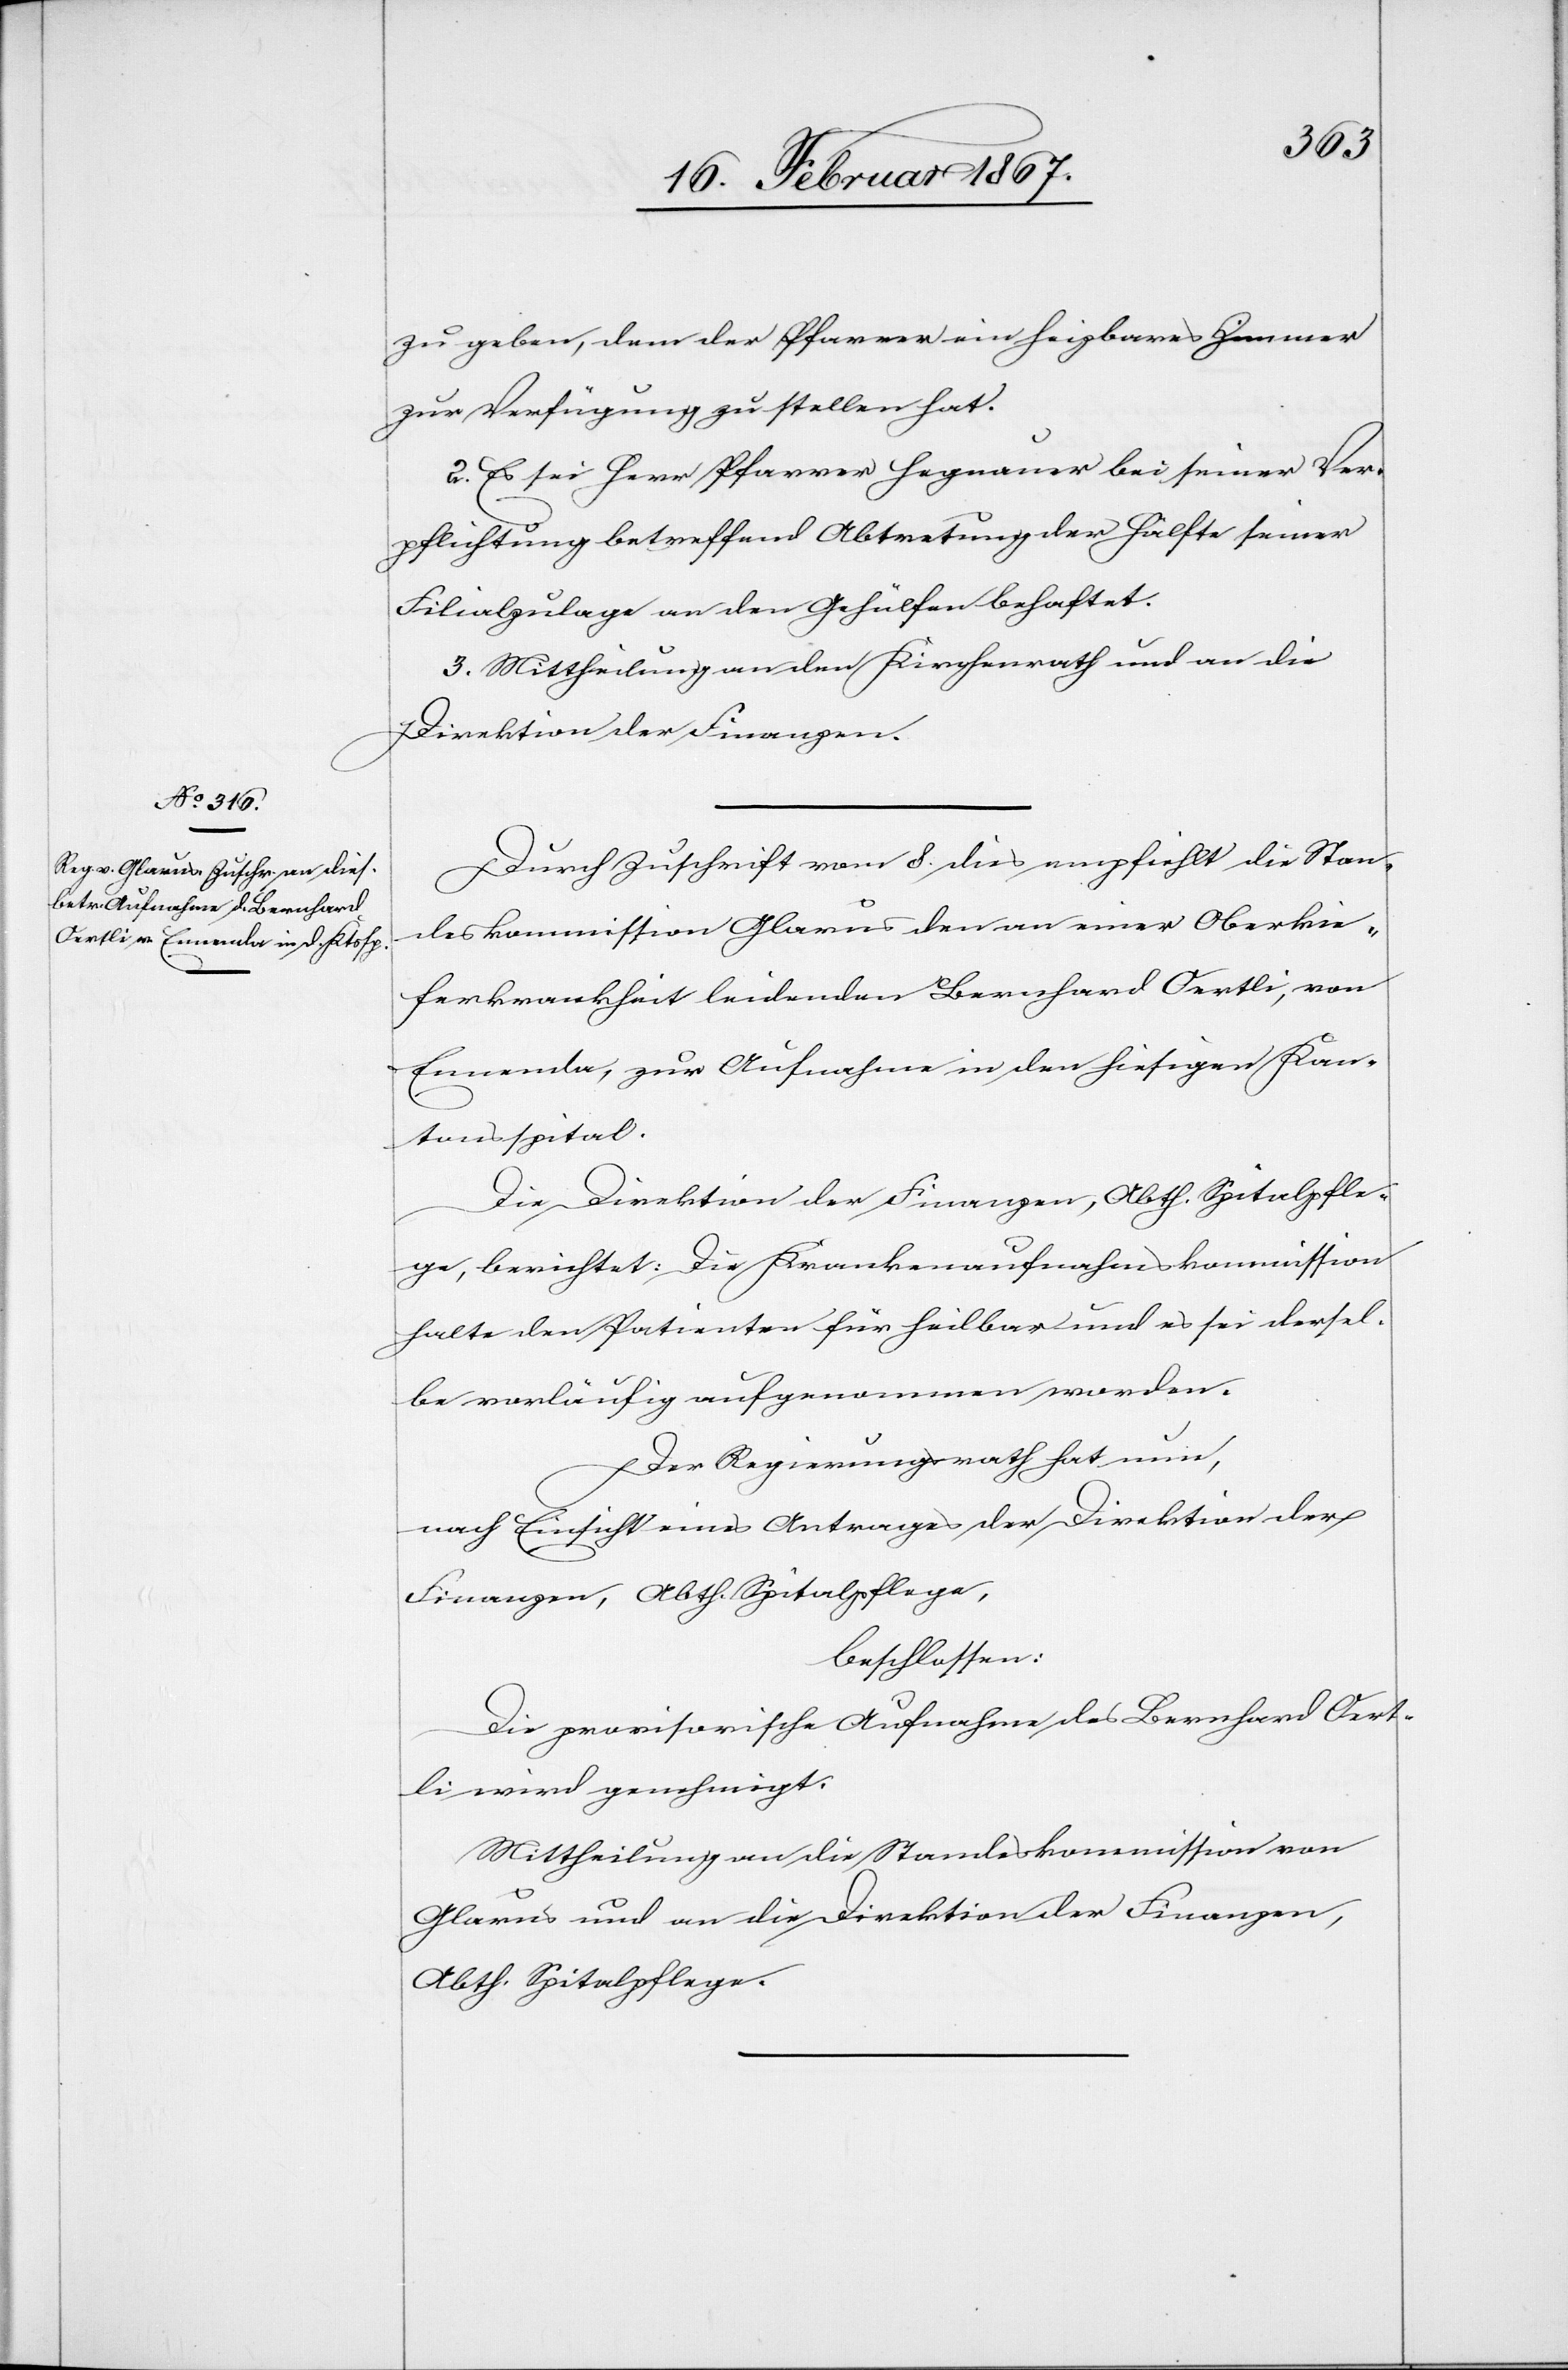
zu geben, dem der Pfarrer ein heizbares Zimmer
zur Verfügung zu stellen hat.
2. Es sei Herr Pfarrer Hegnauer bei seiner Ver¬
pflichtung betreffend Abtretung der Hälfte seiner
Filialzulage an den Gehülfen behaftet.
3. Mittheilung an den Kirchenrath und an die
Direktion der Finanzen.
Durch Zuschrift vom 8. dies empfiehlt die Stan¬
deskommission Glarus den an einer Oberkie¬
ferkrankheit leidenden Bernhard Oertli, von
Ennenda, zur Aufnahme in den hiesigen Kan¬
tonsspital.
Die Direktion der Finanzen, Abth. Spitalpfle¬
ge, berichtet: Die Krankenaufnahmskommission
halte den Patienten für heilbar und es sei dersel¬
be vorläufig aufgenommen worden.
Der Regierungsrath hat nun,
nach Einsicht eines Antrages der Direktion der
Finanzen, Abth. Spitalpflege,
beschlossen:
Die provisorische Aufnahme des Bernhard Oert¬
li wird genehmigt.
Mittheilung an die Standeskommission von
Glarus und an die Direktion der Finanzen,
Abth. Spitalpflege.